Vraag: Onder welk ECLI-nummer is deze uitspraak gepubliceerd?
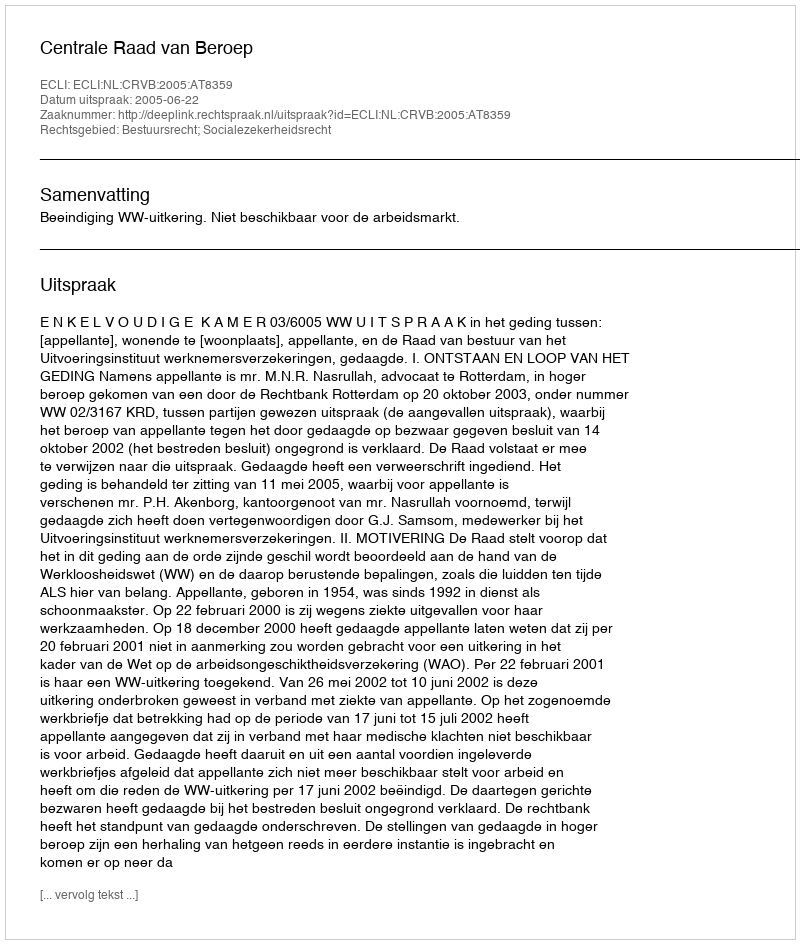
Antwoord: ECLI:NL:CRVB:2005:AT8359